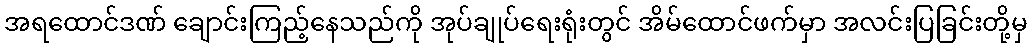
အရထောင်ဒဏ် ချောင်းကြည့်နေသည်ကို အုပ်ချုပ်ရေးရုံးတွင် အိမ်ထောင်ဖက်မှာ အလင်းပြခြင်းတို့မှ